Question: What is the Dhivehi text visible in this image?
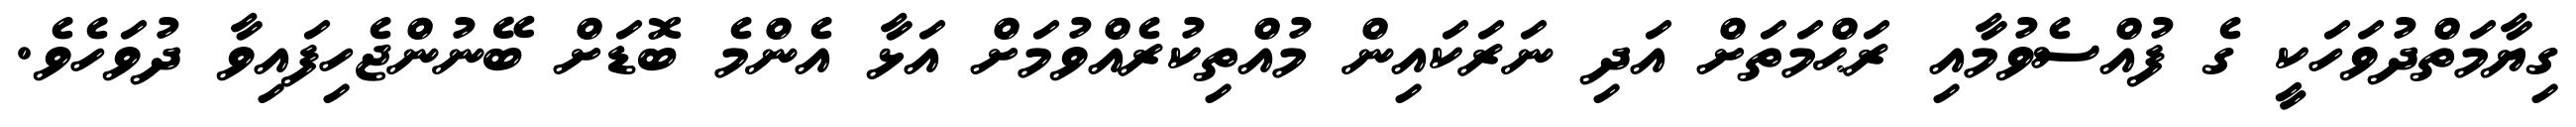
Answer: ގިޔާމަތްދުވަހަކީ ގެ ފުއްސެވުމާއި ރަޙްމަތަށް އަދި ނަރަކައިން މުއްތިކުރެއްވުމަށް އަޅާ އެންމެ ބޮޑަށް ބޭނުންޖެހިފައިވާ ދުވަހެވެ.